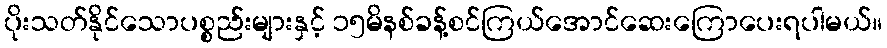
ပိုးသတ်နိုင်သောပစ္စည်းများနှင့် ၁၅မိနစ်ခန့်စင်ကြယ်အောင်ဆေးကြောပေးရပါမယ်။